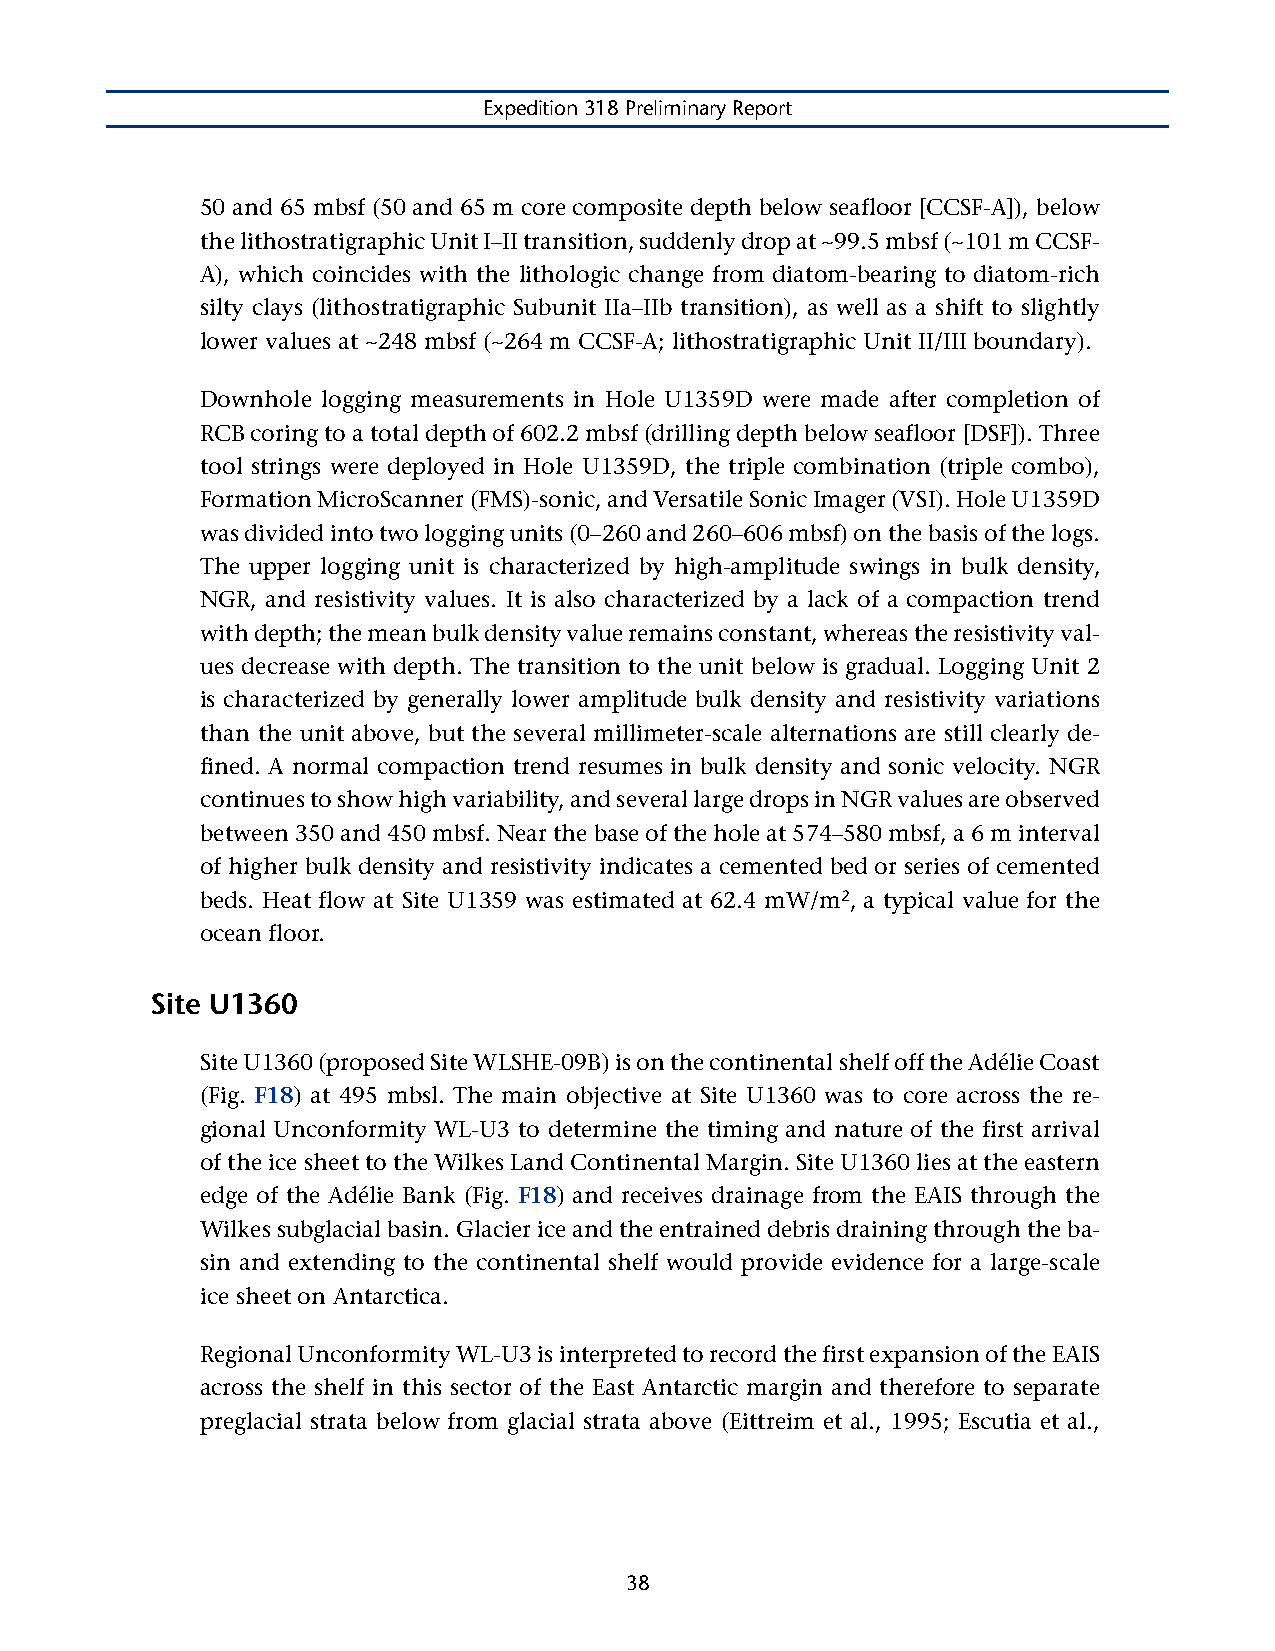
Expedition 318 Preliminary Report
 50 and 65 mbsf (50 and 65 m core composite depth below seafloor [CCSF-A]), below
 the lithostratigraphic Unit I–II transition, suddenly drop at ~99.5 mbsf (~101 m CCSF-
 A), which coincides with the lithologic change from diatom-bearing to diatom-rich
 silty clays (lithostratigraphic Subunit IIa–IIb transition), as well as a shift to slightly
 lower values at ~248 mbsf (~264 m CCSF-A; lithostratigraphic Unit II/III boundary).
 Downhole logging measurements in Hole U1359D were made after completion of
 RCB coring to a total depth of 602.2 mbsf (drilling depth below seafloor [DSF]). Three
 tool strings were deployed in Hole U1359D, the triple combination (triple combo),
 Formation MicroScanner (FMS)-sonic, and Versatile Sonic Imager (VSI). Hole U1359D
 was divided into two logging units (0–260 and 260–606 mbsf) on the basis of the logs.
 The upper logging unit is characterized by high-amplitude swings in bulk density,
 NGR, and resistivity values. It is also characterized by a lack of a compaction trend
 with depth; the mean bulk density value remains constant, whereas the resistivity val-
 ues decrease with depth. The transition to the unit below is gradual. Logging Unit 2
 is characterized by generally lower amplitude bulk density and resistivity variations
 than the unit above, but the several millimeter-scale alternations are still clearly de-
 fined. A normal compaction trend resumes in bulk density and sonic velocity. NGR
 continues to show high variability, and several large drops in NGR values are observed
 between 350 and 450 mbsf. Near the base of the hole at 574–580 mbsf, a 6 m interval
 of higher bulk density and resistivity indicates a cemented bed or series of cemented
 beds. Heat flow at Site U1359 was estimated at 62.4 mW/m2, a typical value for the
 ocean floor.
 Site U1360
 Site U1360 (proposed Site WLSHE-09B) is on the continental shelf off the Adélie Coast
 (Fig. F18) at 495 mbsl. The main objective at Site U1360 was to core across the re-
 gional Unconformity WL-U3 to determine the timing and nature of the first arrival
 of the ice sheet to the Wilkes Land Continental Margin. Site U1360 lies at the eastern
 edge of the Adélie Bank (Fig. F18) and receives drainage from the EAIS through the
 Wilkes subglacial basin. Glacier ice and the entrained debris draining through the ba-
 sin and extending to the continental shelf would provide evidence for a large-scale
 ice sheet on Antarctica.
 Regional Unconformity WL-U3 is interpreted to record the first expansion of the EAIS
 across the shelf in this sector of the East Antarctic margin and therefore to separate
 preglacial strata below from glacial strata above (Eittreim et al., 1995; Escutia et al.,
 38